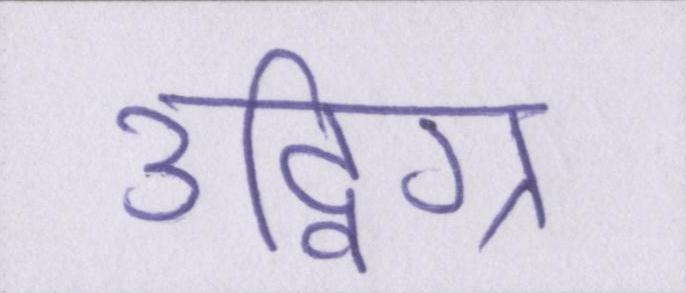
उद्विग्न